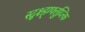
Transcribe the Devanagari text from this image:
स्द्क्ष्ह्ग्फ्तुय्त्कि